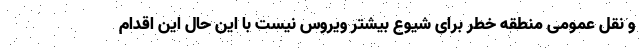
و نقل عمومی منطقه خطر برای شیوع بیشتر ویروس نیست با این حال این اقدام